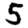
Digit: 5